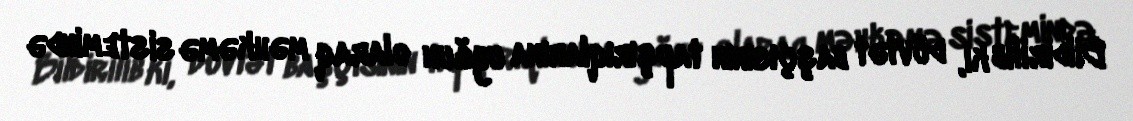
Bildirilib ki, dövlət başçısının tapşırıqlarına uyğun olaraq məhkəmə sistemində